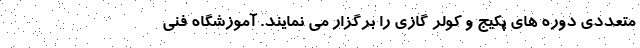
متعددی دوره های پکیج و کولر گازی را برگزار می نمایند. آموزشگاه فنی